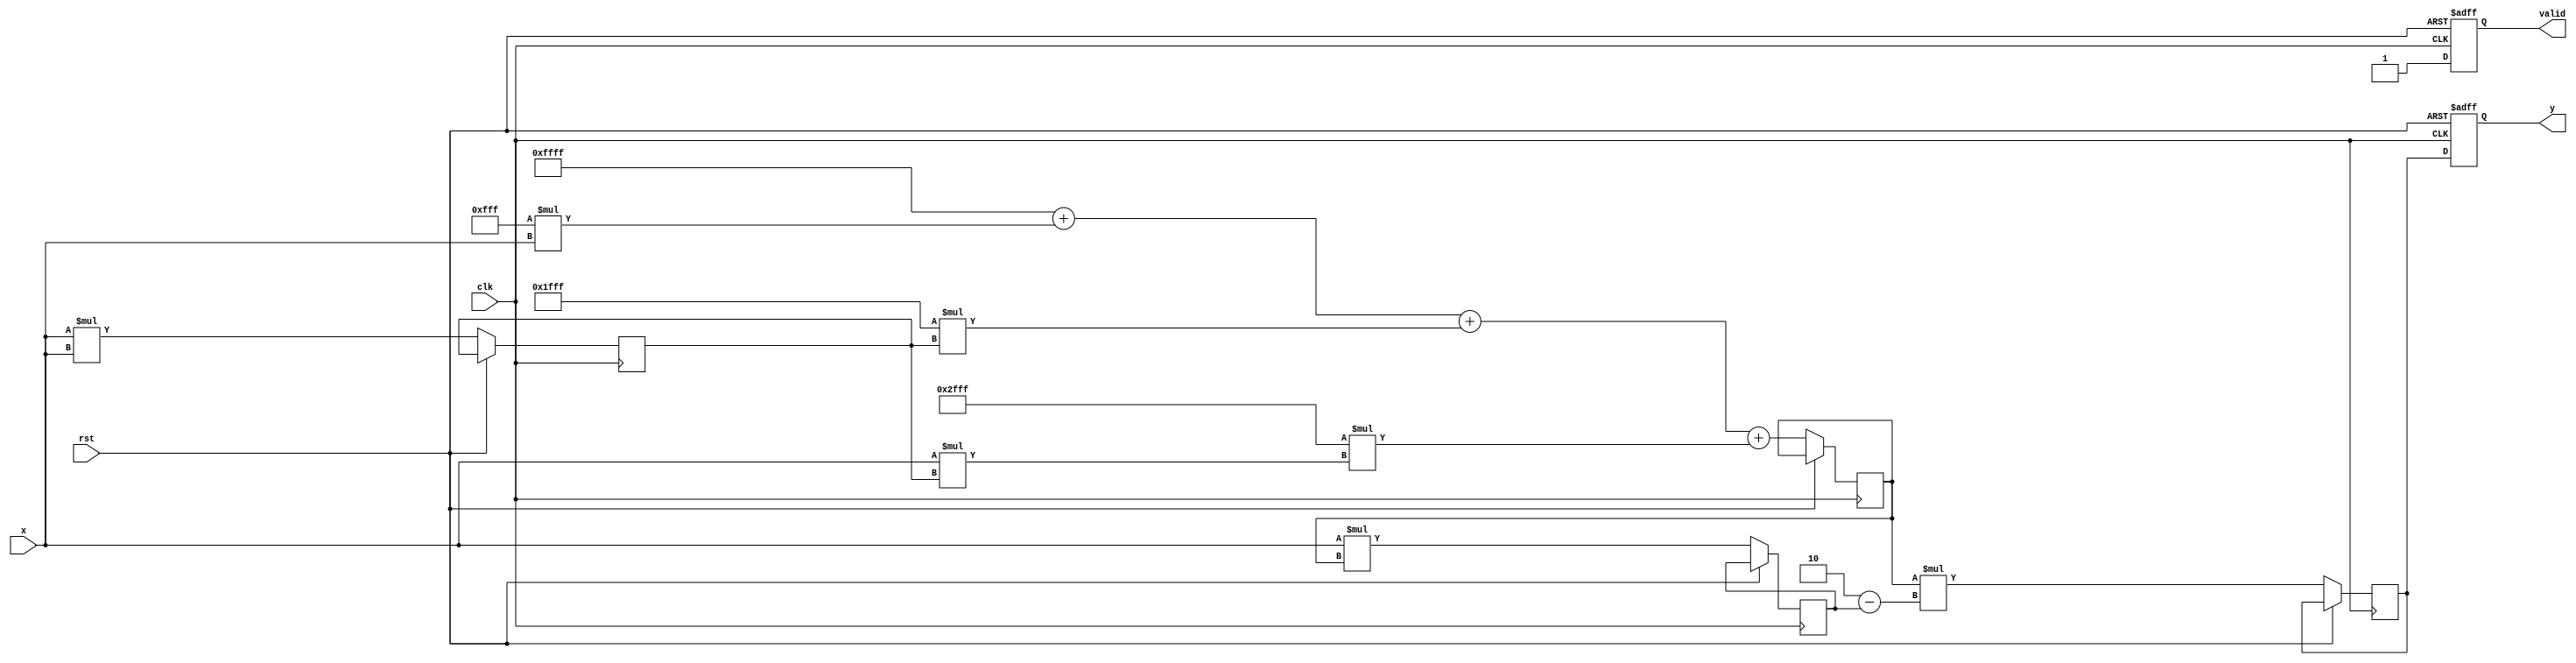
module polynomial_reciprocal #(
    parameter N = 16,  // Input width
    parameter M = 16,  // Output width
    parameter K = 3    // Number of polynomial terms
)(
    input  wire [N-1:0] x,       // Input value (0 < x < 1)
    input  wire clk,              // Clock signal
    input  wire rst,              // Reset signal
    output reg  [M-1:0] y,        // Output reciprocal
    output reg  valid             // Output valid signal
);

    // Polynomial coefficients (example values, need to be optimized)
    // R(x) = a0 + a1*x + a2*x^2 + a3*x^3
    localparam [M-1:0] a0 = 16'hFFFF;  // Placeholder for a0
    localparam [M-1:0] a1 = 16'h0FFF;  // Placeholder for a1
    localparam [M-1:0] a2 = 16'h1FFF;  // Placeholder for a2
    localparam [M-1:0] a3 = 16'h2FFF;  // Placeholder for a3

    reg [M-1:0] approx; // Polynomial approximation
    reg [M-1:0] refined; // Refined result (if using iterative refinement)
    reg [N-1:0] x_squared; // x^2 for polynomial calculation
    reg [M-1:0] denominator; // For Newton-Raphson refinement

    // Polynomial approximation calculation
    always @(posedge clk or posedge rst) begin
        if (rst) begin
            y <= 0;
            valid <= 0;
        end else begin
            // Calculate x^2
            x_squared <= x * x;

            // Polynomial approximation: R(x) = a0 + a1*x + a2*x^2 + a3*x^3
            approx <= a0 + (a1 * x) + (a2 * x_squared) + (a3 * (x * x_squared));

            // Optional: Newton-Raphson refinement
            // y(n+1) = y(n) * (2 - x * y(n))
            denominator <= x * approx;
            refined <= approx * (16'h0002 - denominator); // Assuming fixed point scaling

            y <= refined;  // Update output to refined value
            valid <= 1;    // Indicate valid output
        end
    end
    
endmodule